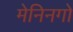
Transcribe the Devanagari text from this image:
मेनिनगो